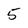
Character: 5